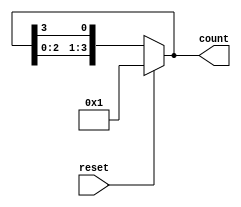
module async_ring_counter #(
    parameter N = 4 // Number of flip-flops (ring length)
) (
    input wire reset,   // Asynchronous reset signal
    output reg [N-1:0] count // Output of the ring counter
);

// Internal signal for the next state
reg [N-1:0] next_state;

// Asynchronous reset and state transition logic
always @* begin
    // Default next state is the current state
    next_state = count;

    // If reset is asserted, initialize the counter
    if (reset) begin
        next_state = 1'b1; // Set the first flip-flop to high
    end else begin
        // Generate the next state based on the current state
        // Shift the high bit to the left
        next_state = {count[N-2:0], count[N-1]};
    end
end

// Output logic: update the count on any change in next_state
always @(next_state) begin
    count <= next_state;
end

// Initialize the count to zero
initial begin
    count = 0;
end

endmodule